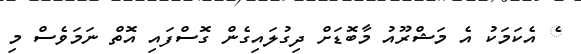
ެ އެކަމަކު އެ މަޝްރޫއު މާބޮޑަށް ދިގުލައިގެން ގޮސްފައި އޮތް ނަމަވެސް މި